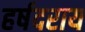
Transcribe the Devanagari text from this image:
हर्षदराय